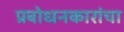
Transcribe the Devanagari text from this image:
प्रबोधनकारांचा